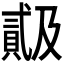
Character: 𬥠